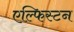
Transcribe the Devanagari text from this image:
एल्फिस्टन